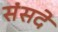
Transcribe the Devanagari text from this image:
संसदे